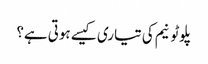
پلوٹونیم کی تیاری کیسے ہوتی ہے؟